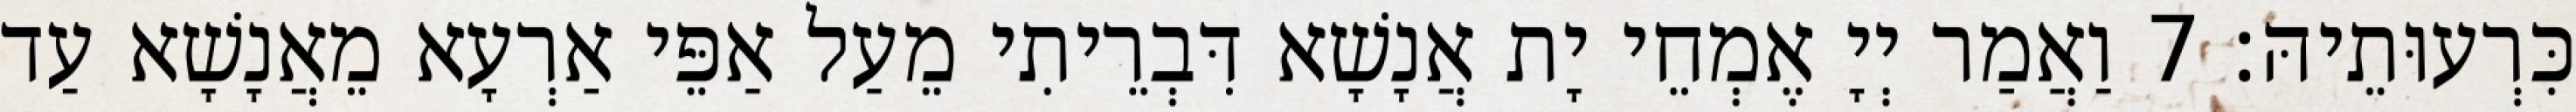
כִּרְעוּתֵיהּ׃ 7 וַאֲמַר יְיָ אֶמְחֵי יָת אֲנָשָׁא דִּבְרֵיתִי מֵעַל אַפֵּי אַרְעָא מֵאֲנָשָׁא עַד